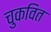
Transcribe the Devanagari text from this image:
चुकवित